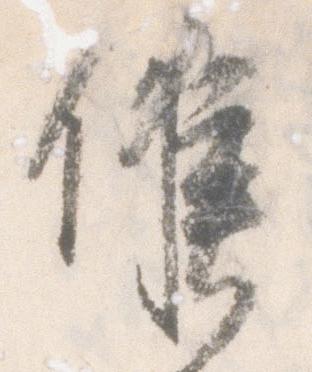
候